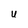
Character: U